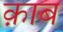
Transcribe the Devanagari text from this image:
क़ाब